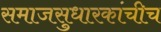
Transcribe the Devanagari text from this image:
समाजसुधारकांचीच